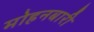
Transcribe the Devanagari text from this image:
मोहनबारी